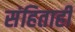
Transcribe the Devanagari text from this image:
संहिताही